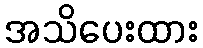
အသိပေးထား